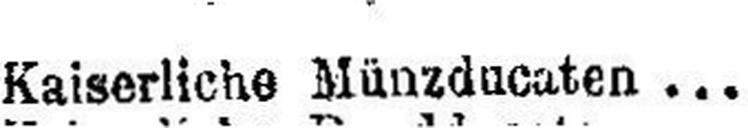
Kaiserliche Münzducaten